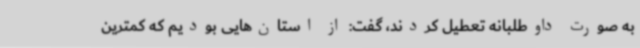
به صورت داوطلبانه تعطیل کردند، گفت: از استان‌هایی بودیم که کمترین